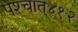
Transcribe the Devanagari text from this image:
पश्‍चात्‌४१२